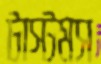
টাস্টমস